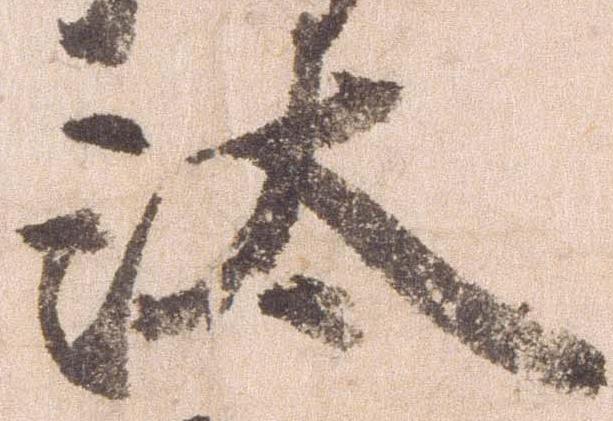
汰